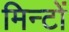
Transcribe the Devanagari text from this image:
मिन्टों